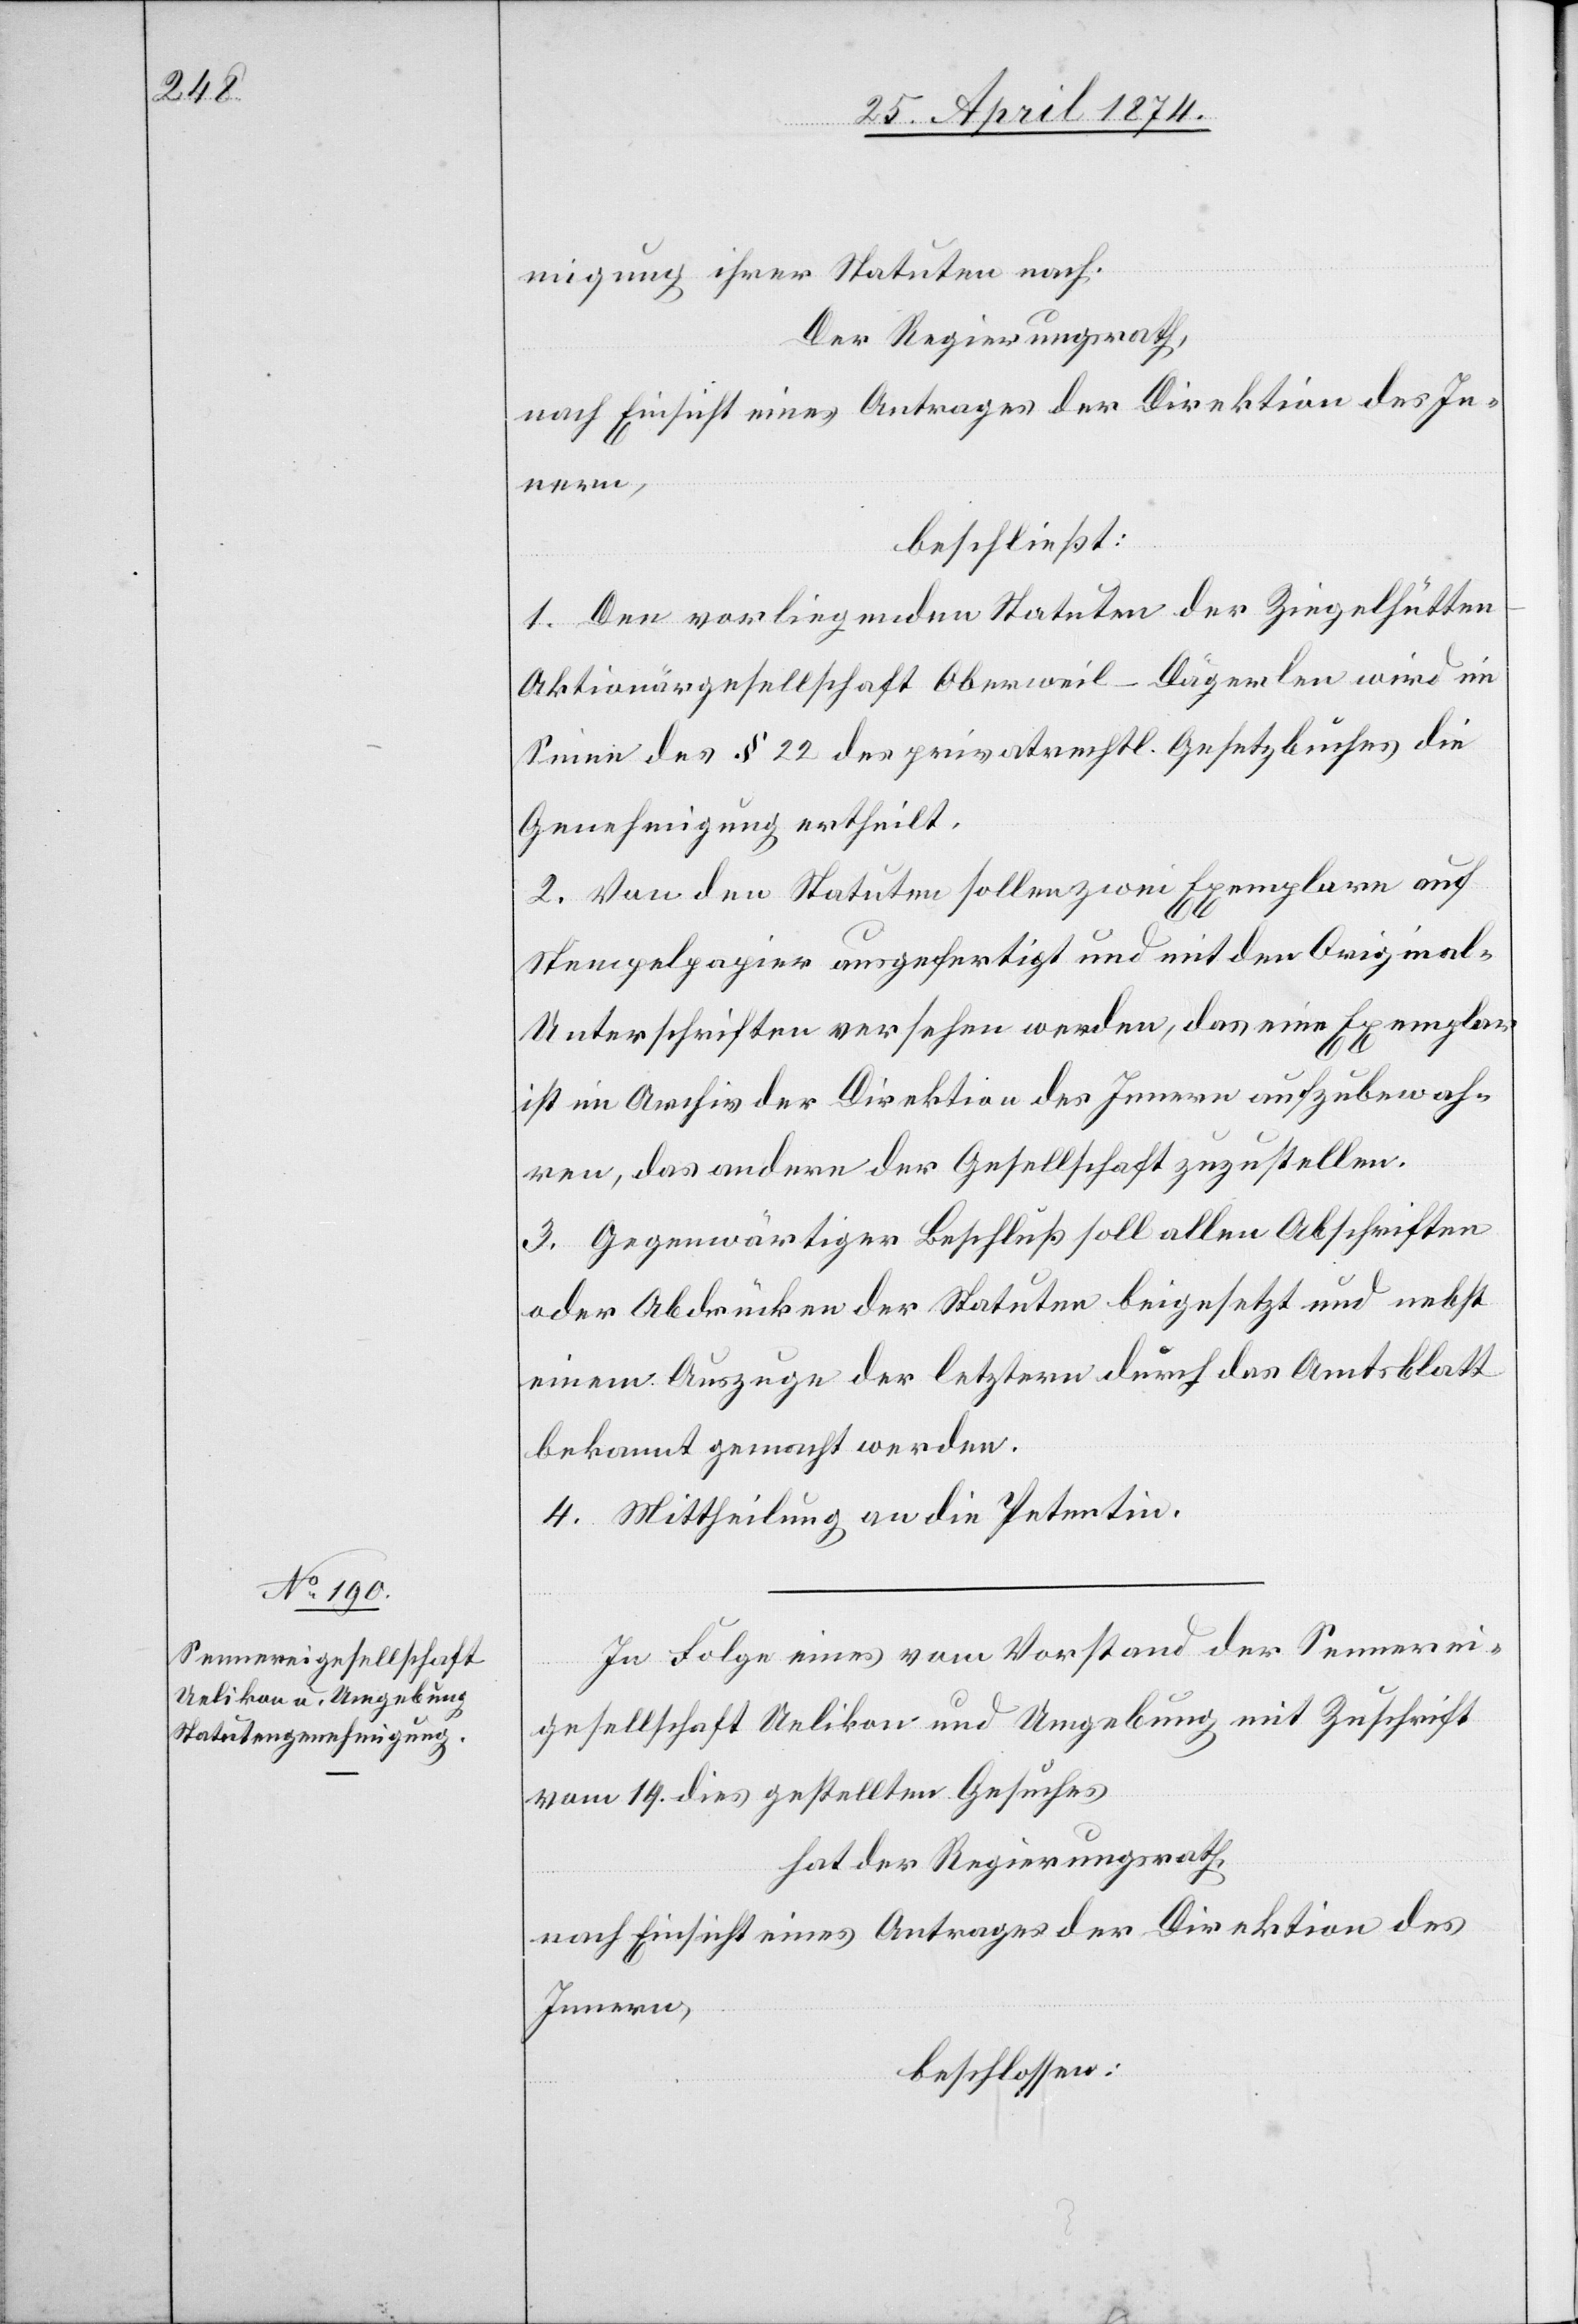
migung ihrer Statuten nach.
Der Regierungsrath,
beschließt:
1. Den vorliegenden Statuten der Ziegelhütte¬
n-Aktiengesellschaft Oberweil-Dägerlen wird im
Sinne des § 22 des privatrechtl. Gesetzbuches die
Genehmigung ertheilt.
2. Von den Statuten sollen zwei Exemplare auf
Stempelpapier ausgefertigt und mit den Original-U¬
nterschriften versehen werden, das eine Exemplar
ist im Archiv der Direktion des Innern aufzubewah¬
ren, das andere der Gesellschaft zuzustellen.
3. Gegenwärtiger Beschluß soll allen Abschriften
oder Abdrücken der Statuten beigesetzt und nebst
einem Auszuge der letztern durch das Amtsblatt
bekannt gemacht werden.
4. Mittheilung an die Petentin.
In Folge eines vom Vorstand der Sennerei¬
gesellschaft Uelikon und Umgebung mit Zuschrift
vom 14. dies gestellten Gesuches
hat der Regierungsrath,
nach Einsicht eines Antrages der Direktion des
Innern,
beschlossen: